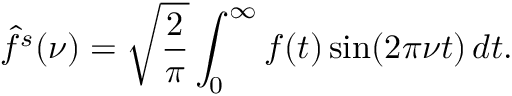
{ \hat { f } } ^ { s } ( \nu ) = { \sqrt { \frac { 2 } { \pi } } } \int _ { 0 } ^ { \infty } f ( t ) \sin ( 2 \pi \nu t ) \, d t .